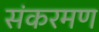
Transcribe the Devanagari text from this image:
संकरमण